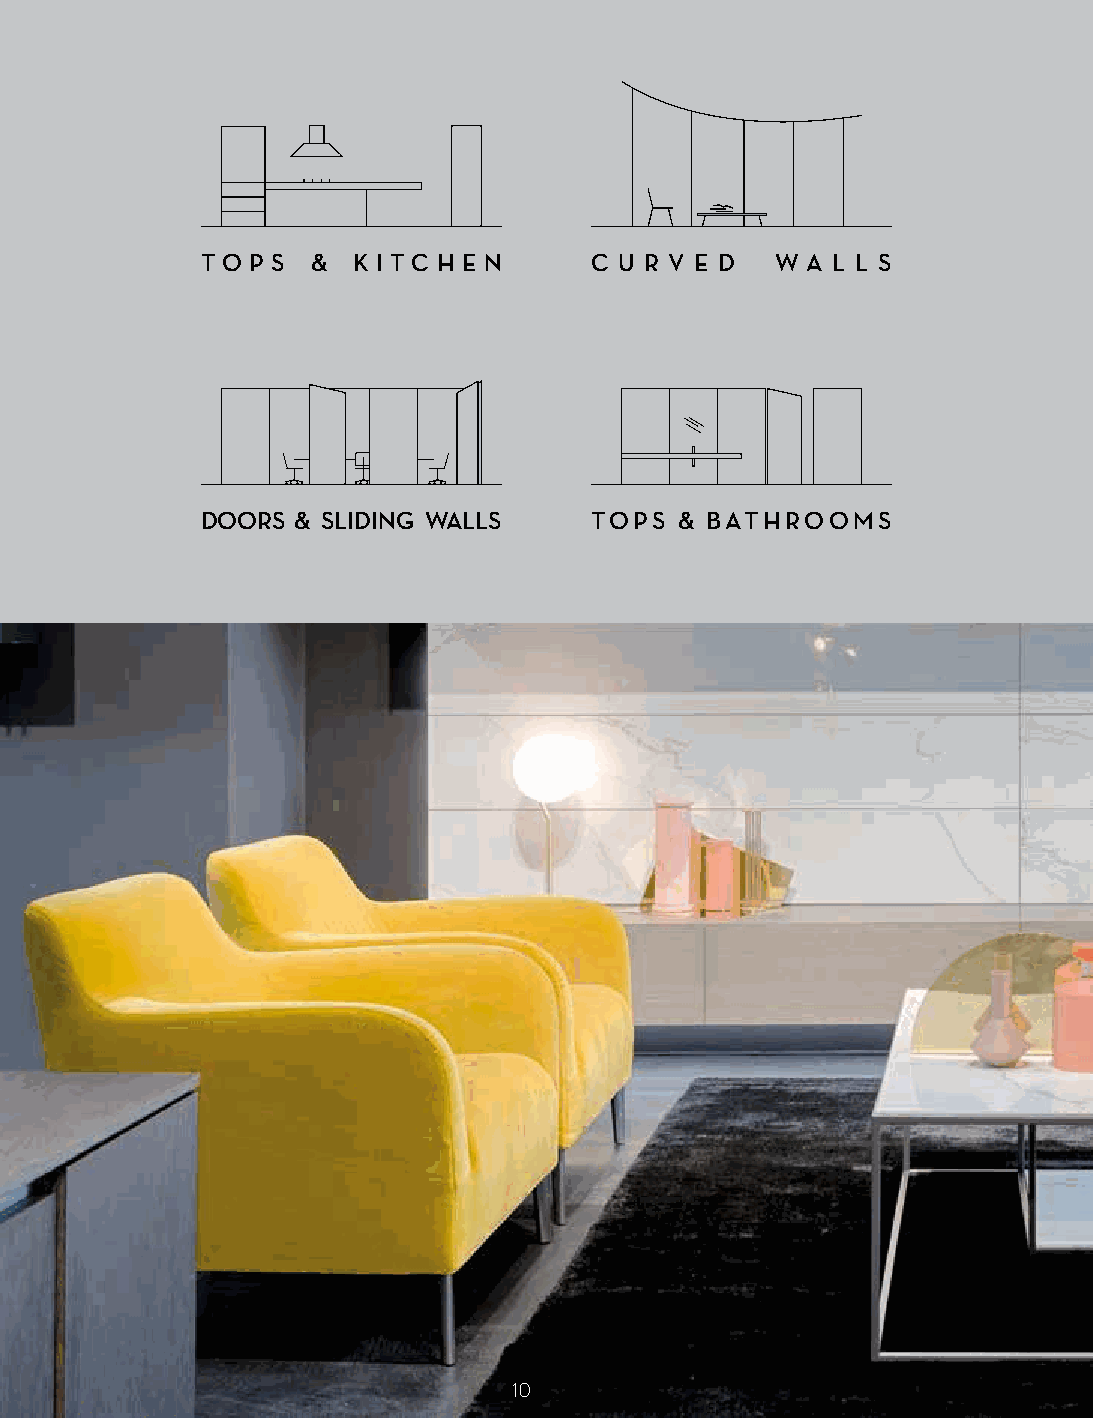
T O P S & K I T C H E N   C U R V E D W A L L S
 DOORS  & SLIDING WALLS    TOPS  & BATHROOMS
 10